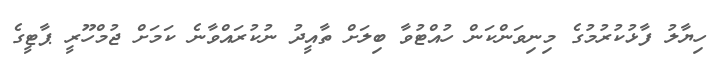
ހިޔާލު ފާޅުކުރުމުގެ މިނިވަންކަން ހުއްޓުވާ ބިލަށް ތާއީދު ނުކުރައްވާނެ ކަމަށް ޖުމްހޫރީ ޕާޓީގެ